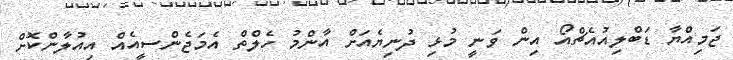
ޖަމިއްޔާ ޑަބްލިއުއެޗްއޯ އިން ވަނީ މުޅި ދުނިޔެއަށް އާންމު ހެލްތް އެމަޖެންސީއެއް އިއުލާންކޮށް